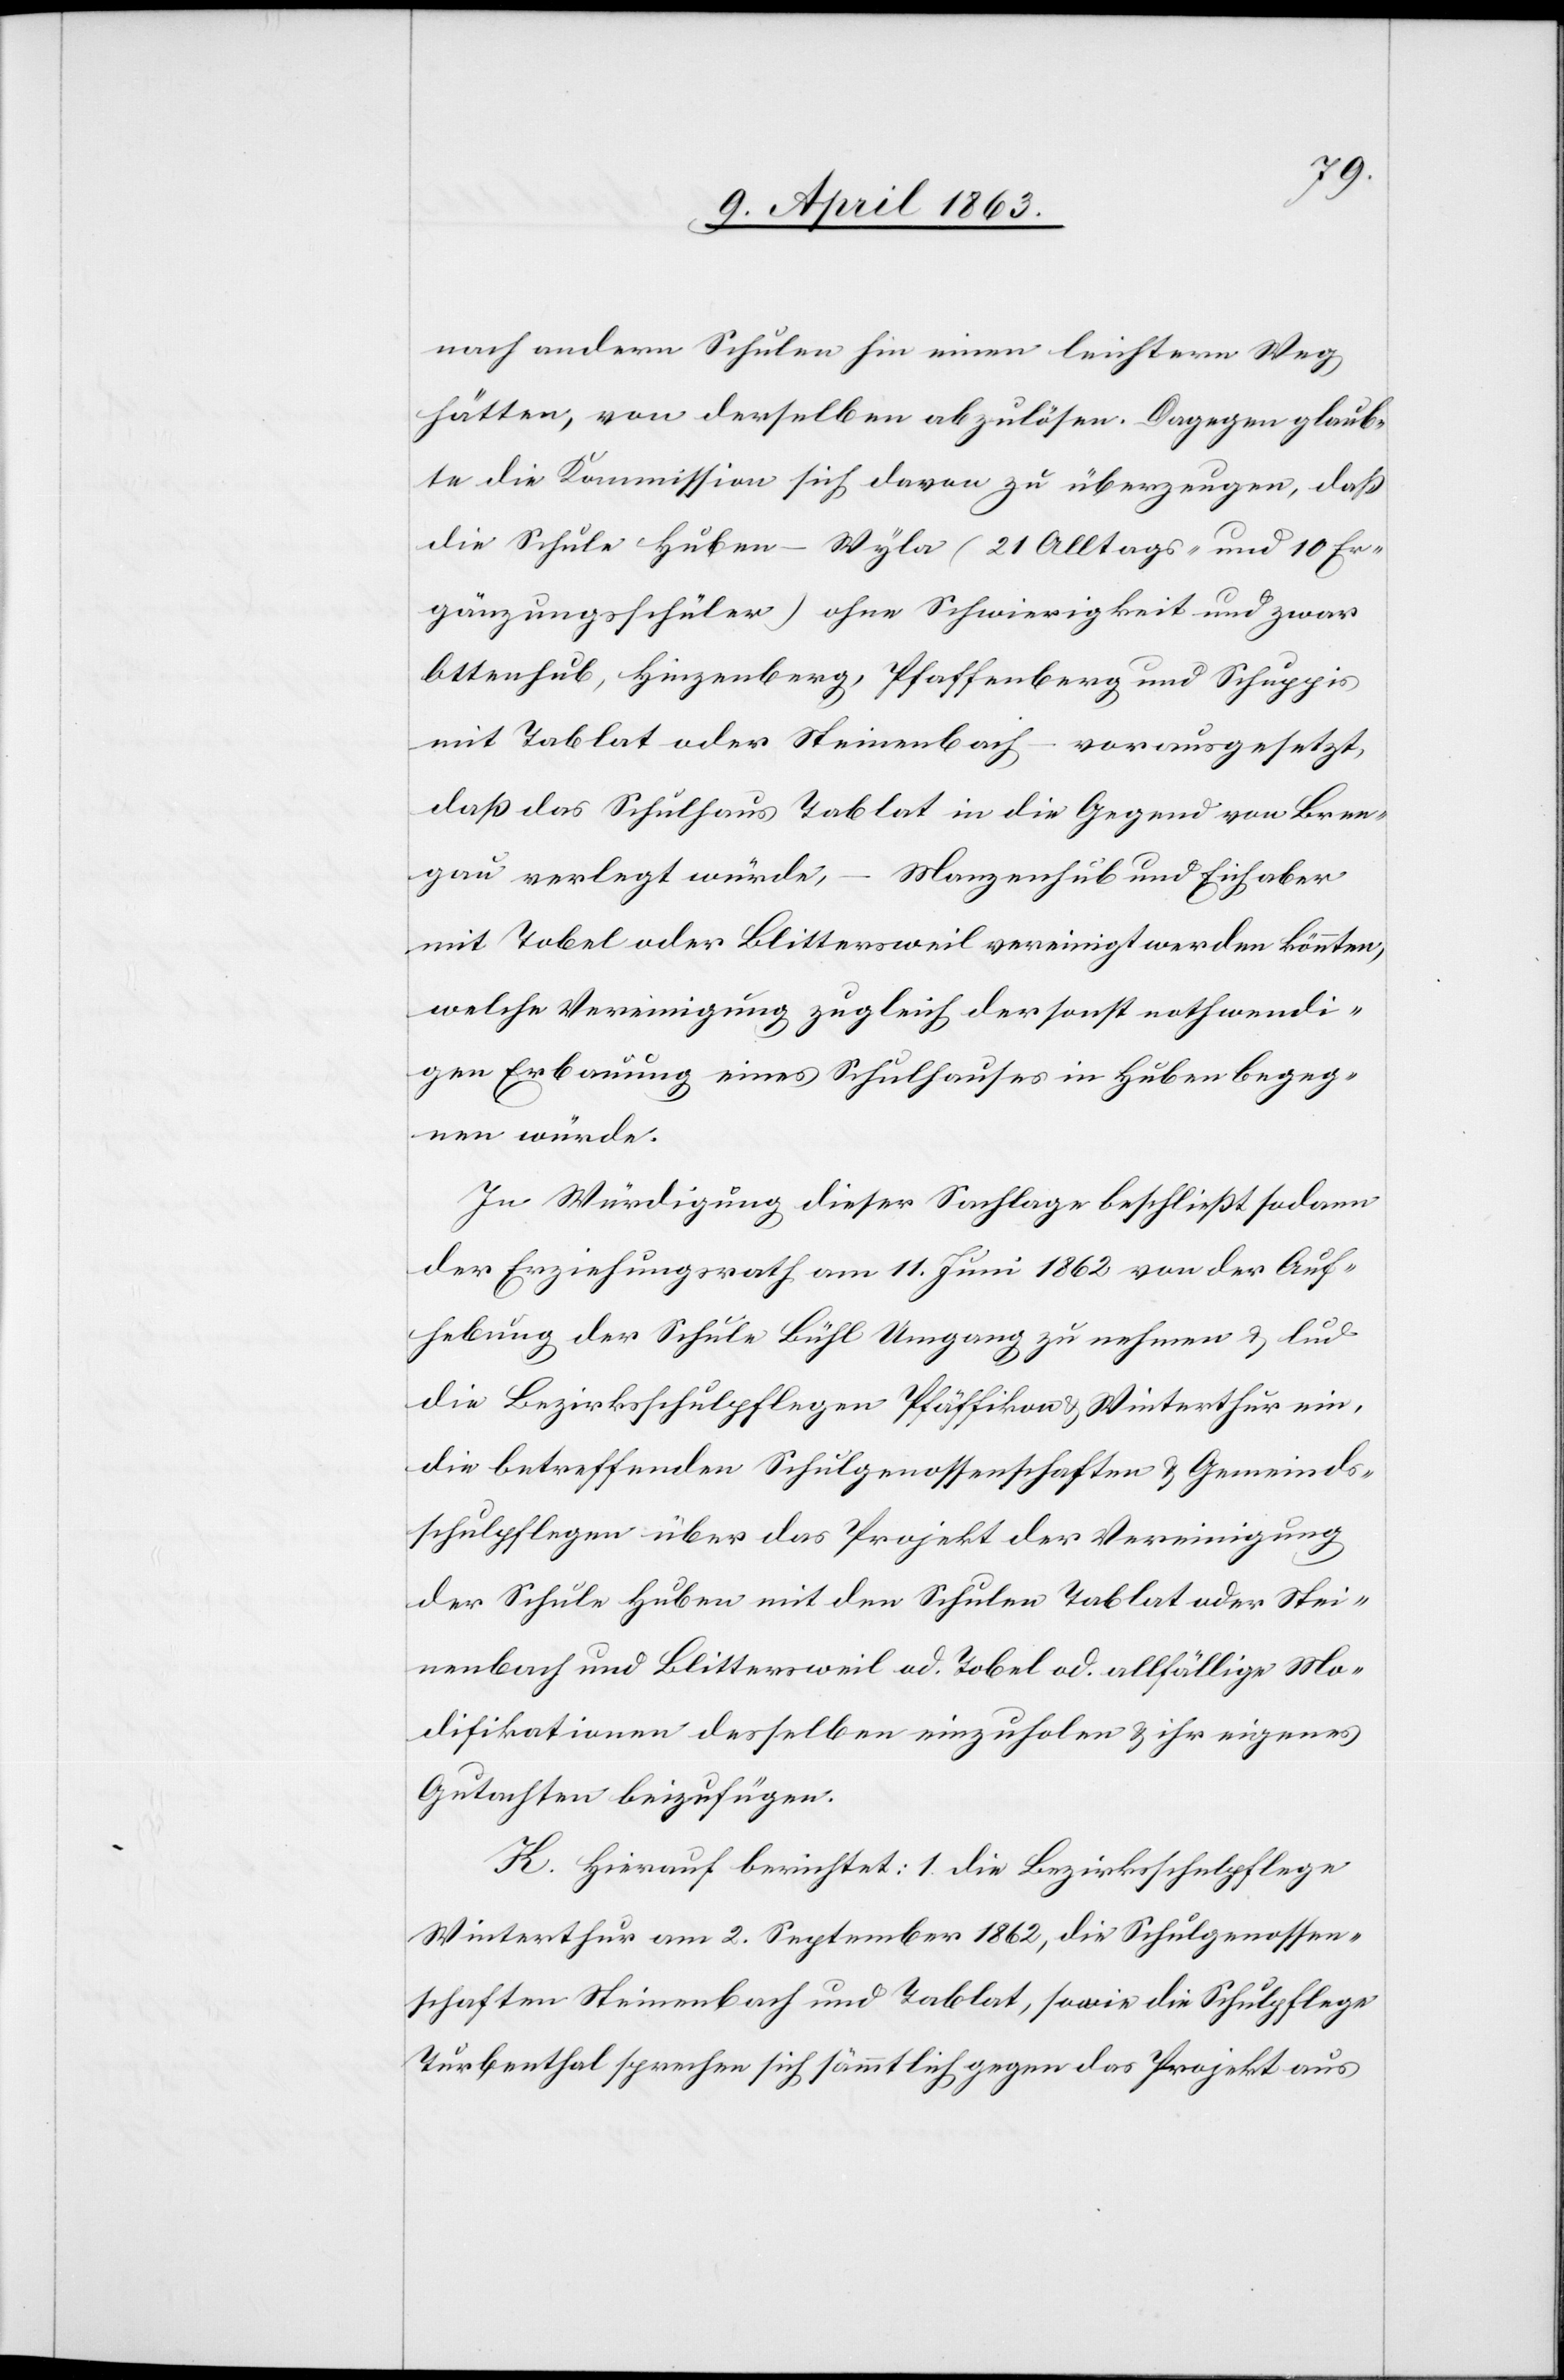
gau
nach andern Schulen hin einen leichtern Weg
hätten, von derselben abzulösen. Dagegen glaub¬
te die Kommission sich davon zu überzeugen, daß
die Schule Huben-Wyla (21 Alltags- und 10 Er¬
gänzungsschüler) ohne Schwierigkeit und zwar
Ottenhub, Hinzenberg, Pfaffenberg und Schuppis
mit Tablat oder Steinenbach – vorausgesetzt,
daß das Schulhaus Tablat in die Gegend von Bren¬
Manzenhub und Eich aber
mit Tobel oder Blittersweil vereinigt werden könnten,
welche Vereinigung zugleich der sonst nothwendi¬
gen Erbauung eines Schulhauses in Huben begeg¬
nen würde.
In Würdigung dieser Sachlage beschließt sodann
der Erziehungsrath am 11. Juni 1862 von der Auf¬
hebung der Schule Bühl Umgang zu nehmen & lud
die Bezirksschulpflegen Pfäffikon & Winterthur ein,
die betreffenden Schulgenossenschaften & Gemeinds¬
schulpflegen über das Projekt der Vereinigung
der Schule Huben mit den Schulen Tablat oder Stei¬
nenbach und Blittersweil od. Tobel od. allfällige Mo¬
difikationen desselben einzuholen & ihr eigenes
Gutachten beizufügen.
K. Hierauf berichtet: 1. die Bezirksschulpflege
Winterthur am 2. September 1862, die Schulgenossen¬
schaften Steinenbach und Tablat, sowie die Schulpflege
Turbenthal sprechen sich sämmtlich gegen das Projekt aus